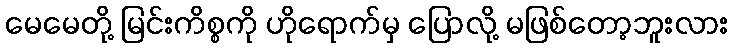
မေမေတို့ မြင်းကိစ္စကို ဟိုရောက်မှ ပြောလို့ မဖြစ်တော့ဘူးလား